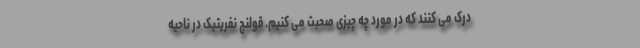
درک می کنند که در مورد چه چیزی صحبت می کنیم. قولنج نفریتیک در ناحیه